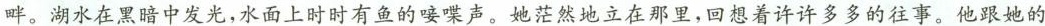
畔。湖水在黑暗中发光，水面上时时有鱼的唼喋声。她茫然地立在那里，回想着许许多多的往事。他跟她的